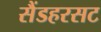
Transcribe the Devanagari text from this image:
सैंडहरसट